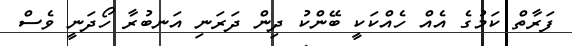
ފަރާތް ކަމުގެ އެއް ހެއްކަކީ ބޭންކު ދިން ދަރަނި އަނބުރާ ހޯދަނީ ވެސް